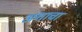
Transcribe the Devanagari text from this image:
अशाचा